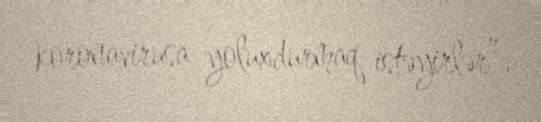
koronavirusa yoluxdurmaq istəyirlər”.